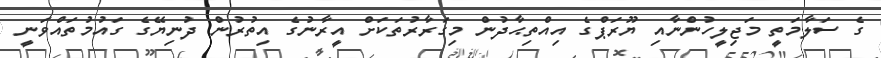
ގެ ސަލާމަތީ މަޖިލީހުންނާއި ޔޫރަޕްގެ އިއްތިޙާދުން މިގަރާރުތަކަށް އީރާނުގެ އިތުރުން ދުނިޔޭގެ ގައުމުތައްވަނީ